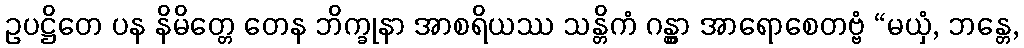
ဥပဋ္ဌိတေ ပန နိမိတ္တေ တေန ဘိက္ခုနာ အာစရိယဿ သန္တိကံ ဂန္တွာ အာရောစေတဗ္ဗံ “မယှံ, ဘန္တေ,